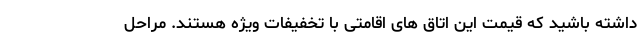
داشته باشید که قیمت این اتاق های اقامتی با تخفیفات ویژه هستند. مراحل